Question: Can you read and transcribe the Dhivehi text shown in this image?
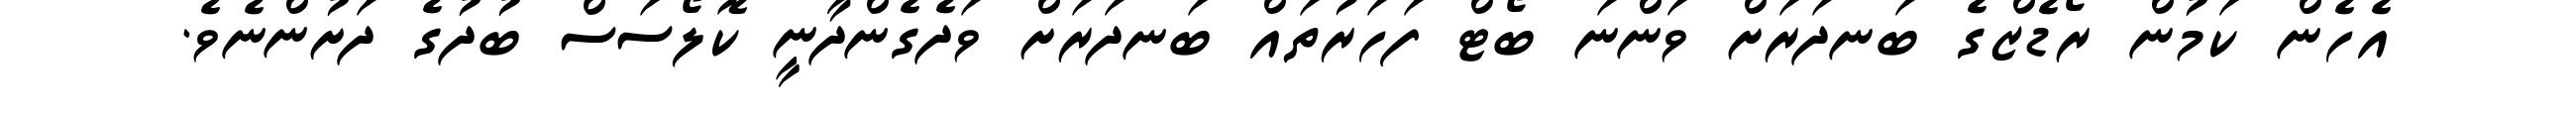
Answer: އެހެން ކަމުން ރޯޑެޒްގެ ބަނދަރަށް ވަންނަ ބޯޓް ފަހަރުތައް ބަނދަރަށް ވަދެގެންދާނީ ކޮލޯސަސް ބުދުގެ ދަށުންނެވެ.